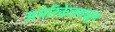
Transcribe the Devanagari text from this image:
अमेरिकेजवळून